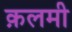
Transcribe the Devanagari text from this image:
क़लमी